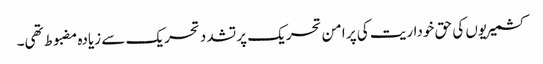
کشمیریوں کی حق خوداریت کی پر امن تحریک پر تشدد تحریک سے زیادہ مضبوط تھی۔